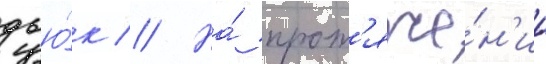
дью́к // На́ прот'яже́н'ии